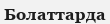
Болаттарда